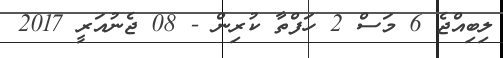
ލިބިއްޖެ 6 މަސް 2 ހަފްތާ ކުރިން - 08 ޖެނުއަރީ 2017